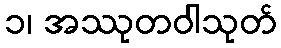
၁၊ အဿုတဝါသုတ်